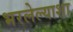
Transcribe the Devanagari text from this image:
भरलेल्याशा